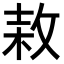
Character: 𢽓